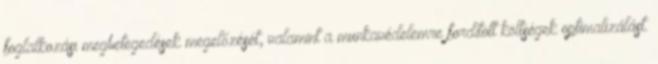
foglalkozási megbetegedések megelőzését, valamint a munkavédelemre fordított költségek optimalizálást.